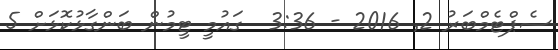
ސެޕްޓެމްބަރު 2